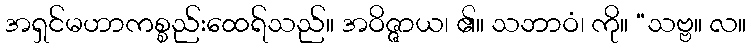
အရှင်မဟာကစ္စည်းထေရ်သည်။ အဝိဇ္ဇာယ၊ ၏။ သဘာဝံ၊ ကို။ “သဗ္ဗ။ လ။